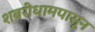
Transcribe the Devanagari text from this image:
शबरीधामपासून